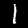
Digit: 1